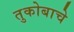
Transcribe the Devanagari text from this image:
तुकोबाचे